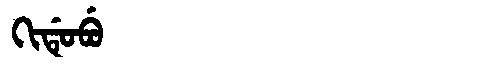
Manchu: ᡴᡳᡩᡠᠪᡠ
Romanization: KIDUBU